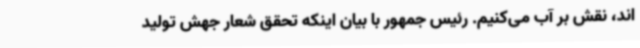
اند، نقش بر آب می‌کنیم. رئیس جمهور با بیان اینکه تحقق شعار جهش تولید